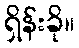
ရှိန်းခို။